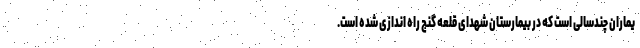
یماران چندسالی است که در بیمارستان شهدای قلعه گنج راه اندازی شده است.